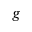
g